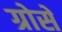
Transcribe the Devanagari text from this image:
ग्रोसे